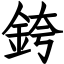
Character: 銙